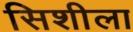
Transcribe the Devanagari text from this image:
सिशीला